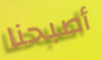
أصبحنا